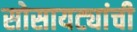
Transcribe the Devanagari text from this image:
सोसायट्यांची